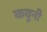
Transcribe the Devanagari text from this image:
कवुनी